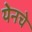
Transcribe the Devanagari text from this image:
येनचे